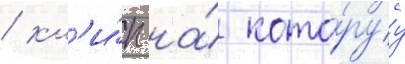
/ кл'и́п на́ кото́руу